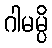
ဂါမမ္ပိ